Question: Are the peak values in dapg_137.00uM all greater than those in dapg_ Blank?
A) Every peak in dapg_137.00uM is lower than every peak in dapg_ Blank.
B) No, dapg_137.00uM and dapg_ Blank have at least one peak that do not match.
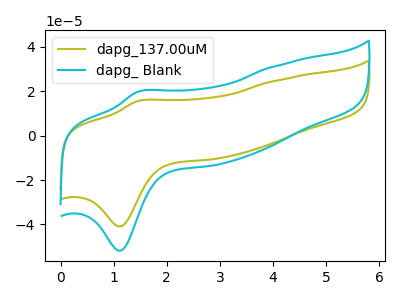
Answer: <think>The olive curve "dapg_137.00uM" has an anodic peak at (1.45V, 15.60uA) and a cathodic peak at (1.10V, -40.90uA). The cyan curve "dapg_ Blank" has an anodic peak at (1.45V, 19.75uA) and a cathodic peak at (1.10V, -51.85uA).</think>
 <answer>A) Every peak in "dapg_137.00uM" is lower than every peak in "dapg_ Blank".</answer>
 <eval>A</eval>